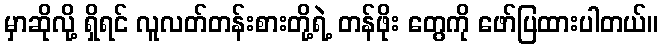
မှာဆိုလို့ ရှိရင် လူလတ်တန်းစားတို့ရဲ့ တန်ဖိုး တွေကို ဖော်ပြထားပါတယ်။